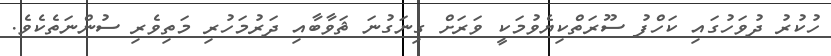
ހުކުރު ދުވަހުގައި ކަހްފު ސޫރަތްކިޔެވުމަކީ ވަރަށް ގިނަގުނަ ޘަވާބާއި ދަރުމަހުރި މަތިވެރި ސުންނަތެކެވެ.